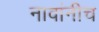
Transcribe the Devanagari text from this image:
नावांनीच